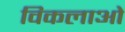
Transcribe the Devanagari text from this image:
विकलाओं